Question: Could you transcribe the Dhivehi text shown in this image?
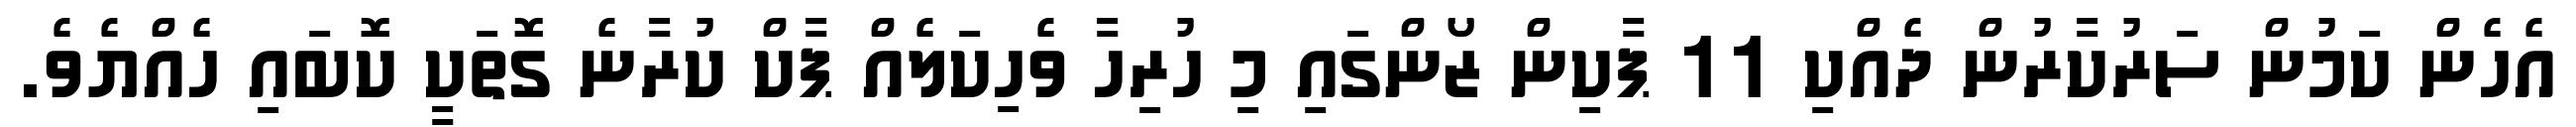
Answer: އެހެން ކަމުން ސަރުކާރުން ދެއްކި 11 ޕާކިން ޒޯންގައި މި ހުރިހާ ވެހިކަލެއް ޕާކް ކުރާނެ ގޮތަކީ ކޮބައި ހެއްޔެވެ.